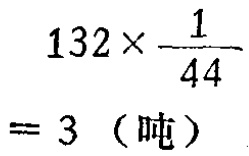
\[

\begin{align*}

132\times\frac{1}{44}&\\

 = 3 \text{（吨）}

\end{align*}

\]